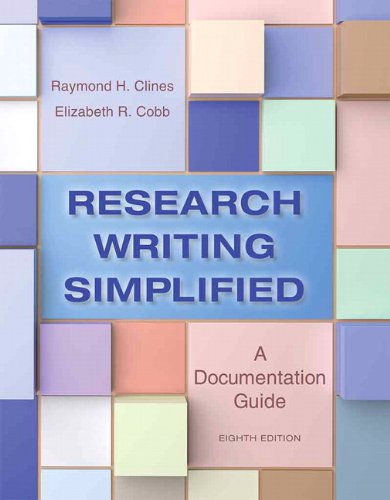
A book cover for Research Writing Simplified: A Documentation Guide (8th Edition); Raymond H. Clines; Test Preparation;